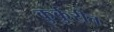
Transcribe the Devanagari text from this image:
कुर्कुरीत